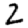
Digit: 2